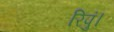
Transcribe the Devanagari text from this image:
रिपुं।